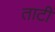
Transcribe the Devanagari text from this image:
ताटीं